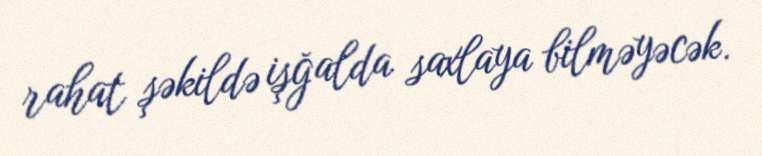
rahat şəkildə işğalda saxlaya bilməyəcək.